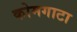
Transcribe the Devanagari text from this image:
कोमगाटा